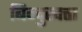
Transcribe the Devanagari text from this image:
बिन्दुखत्ता